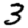
Digit: 3